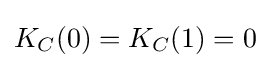
K_{C}(0)=K_{C}(1)=0